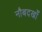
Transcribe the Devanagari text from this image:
नौबदखाँ